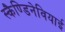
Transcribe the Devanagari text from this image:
स्कैण्डिनेवियाई